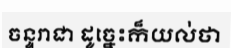
ចន្ទរាជា ដូច្នេះក៏យល់ថា